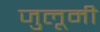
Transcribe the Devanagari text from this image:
जुलूमी